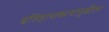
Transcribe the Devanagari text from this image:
इतिहासकारांपुढील